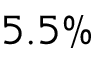
5 . 5 \%